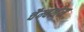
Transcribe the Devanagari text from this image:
चैम्बलेस